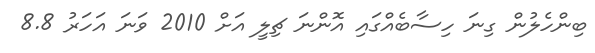
ބިންހެލުން ގިނަ ހިސާބެއްގައި އޮންނަ ޗިލީ އަށް 2010 ވަނަ އަހަރު 8.8